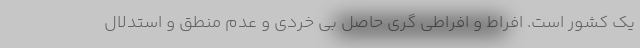
یک کشور است. افراط و افراطی گری حاصل بی خردی و عدم منطق و استدلال